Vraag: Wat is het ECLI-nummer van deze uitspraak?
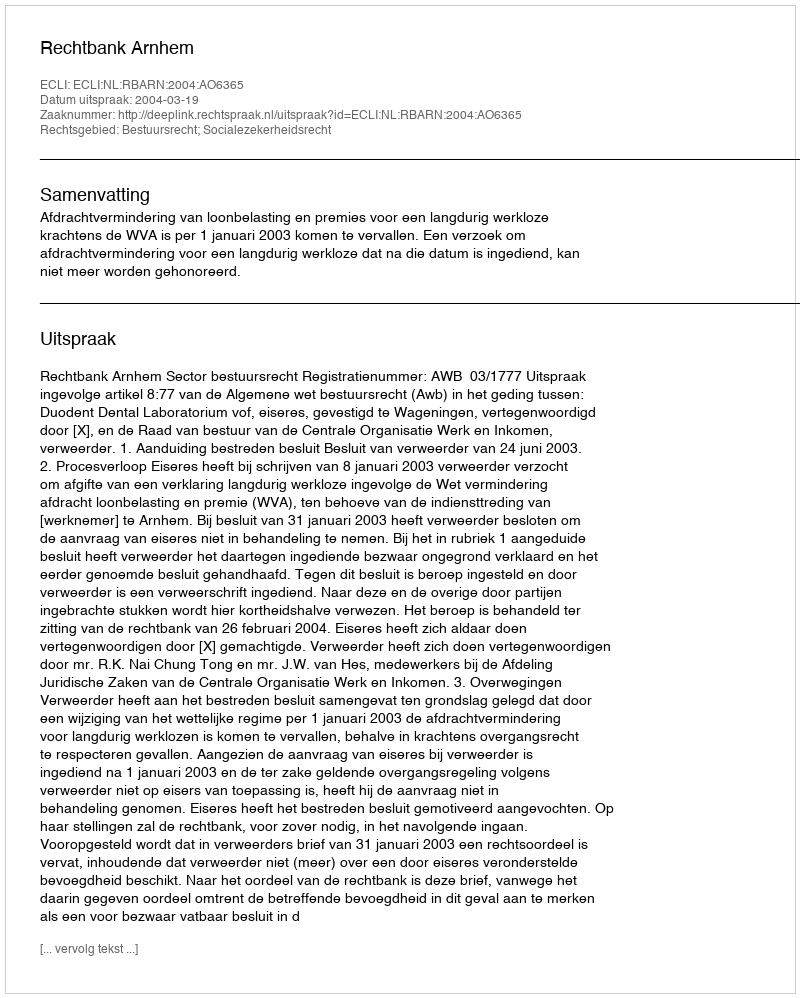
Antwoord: ECLI:NL:RBARN:2004:AO6365